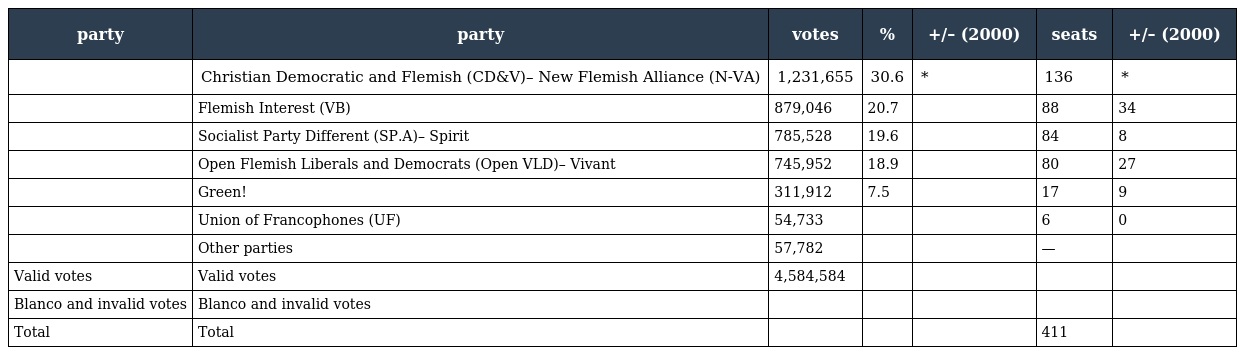
| party | party | votes | % | +/– (2000) | seats | +/– (2000) |
 | --- | --- | --- | --- | --- | --- | --- |
 |  | Christian Democratic and Flemish (CD&V)– New Flemish Alliance (N-VA) | 1,231,655 | 30.6 | * | 136 | * |
 |  | Flemish Interest (VB) | 879,046 | 20.7 |  | 88 | 34 |
 |  | Socialist Party Different (SP.A)– Spirit | 785,528 | 19.6 |  | 84 | 8 |
 |  | Open Flemish Liberals and Democrats (Open VLD)– Vivant | 745,952 | 18.9 |  | 80 | 27 |
 |  | Green! | 311,912 | 7.5 |  | 17 | 9 |
 |  | Union of Francophones (UF) | 54,733 |  |  | 6 | 0 |
 |  | Other parties | 57,782 |  |  | — |  |
 | Valid votes | Valid votes | 4,584,584 |  |  |  |  |
 | Blanco and invalid votes | Blanco and invalid votes |  |  |  |  |  |
 | Total | Total |  |  |  | 411 |  |